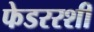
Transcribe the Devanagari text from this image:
फेडररशी